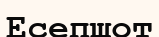
Есепшот